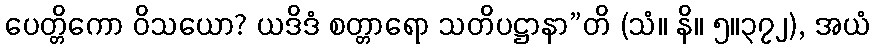
ပေတ္တိကော ဝိသယော? ယဒိဒံ စတ္တာရော သတိပဋ္ဌာနာ”တိ (သံ။ နိ။ ၅။၃၇၂), အယံ